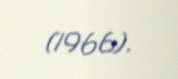
(1966).